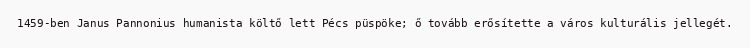
1459-ben Janus Pannonius humanista költő lett Pécs püspöke; ő tovább erősítette a város kulturális jellegét.